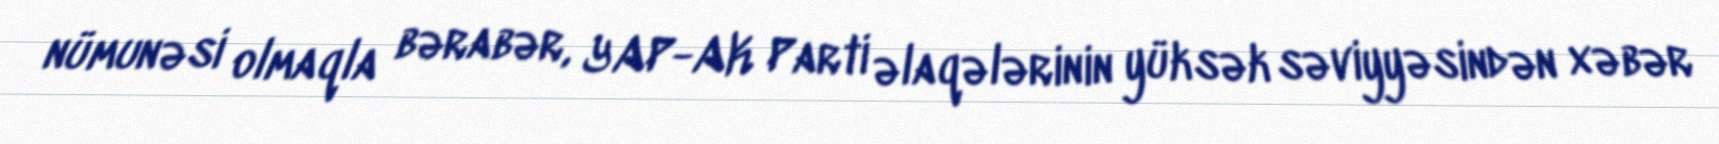
nümunəsi olmaqla bərabər, YAP-AK Parti əlaqələrinin yüksək səviyyəsindən xəbər